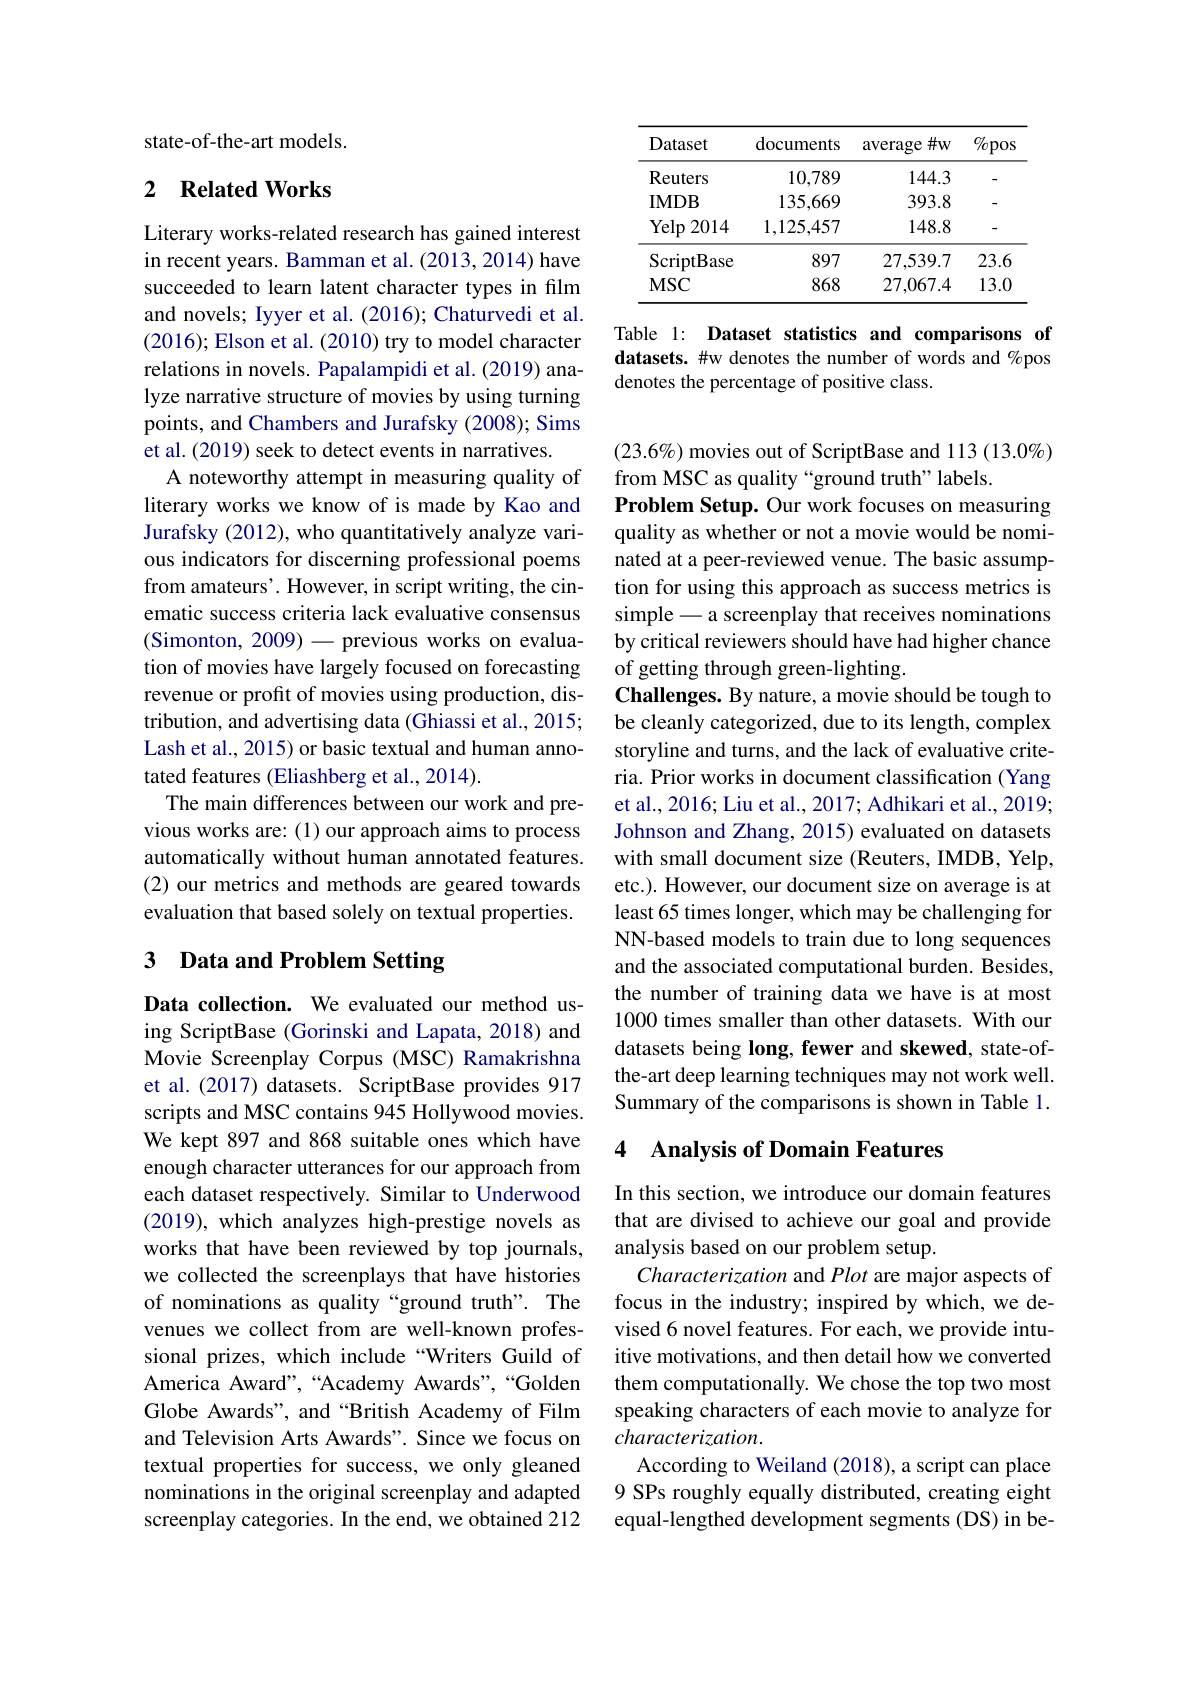
state-of-the-art models.

## 2 $\textbf{Related Works}$

Literary works-related research has gained interest in recent years. Bamman et al. (2013, 2014) have succeeded to learn latent character types in film and novels; Iyyer et al. (2016); Chaturvedi et al. (2016);Elson et al. (2010) try to model character relations in novels. Papalampidi et al. (2019) analyze narrative structure of movies by using turning points, and Chambers and Jurafsky (2008); Sims et al. (2019) seek to detect events in narratives.
A noteworthy attempt in measuring quality of literary works we know of is made by Kao and Jurafsky (2012), who quantitatively analyze various indicators for discerning professional poems from amateurs'. However, in script writing, the cinematic success criteria lack evaluative consensus (Simonton, 2009)-previous works on evaluation of movies have largely focused on forecasting revenue or profit of movies using production, distribution, and advertising data (Ghiassi et al., 2015; Lash et al., 2015) or basic textual and human annotated features (Eliashberg et al., 2014).
The main differences between our work and previous works are: (1) our approach aims to process automatically without human annotated features. (2) our metrics and methods are geared towards evaluation that based solely on textual properties.

## 3 Data and Problem Setting

Data collection. We evaluated our method using ScriptBase (Gorinski and Lapata, 2018) and Movie Screenplay Corpus (MSC) Ramakrishna et al.(2017) datasets. ScriptBase provides 917 scripts and MSC contains 945 Hollywood movies. We kept 897 and 868 suitable ones which have enough character utterances for our approach from each dataset respectively. Similar to Underwood (2019), which analyzes high-prestige novels as works that have been reviewed by top journals, we collected the screenplays that have histories of nominations as quality“ground truth”. The venues we collect from are well-known professional prizes, which include “Writers Guild of America Award",“Academy Awards”,“Golden Globe Awards", and “British Academy of Film and Television Arts Awards". Since we focus on textual properties for success, we only gleaned nominations in the original screenplay and adapted screenplay categories. In the end, we obtained 212

<table>
	<tbody>
		<tr>
			<th>Dataset</th>
			<th>documents</th>
			<th>$\#w$ average a</th>
			<th>$\%$pos</th>
		</tr>
		<tr>
			<td>Reuters</td>
			<td>10,789</td>
			<td>144.3</td>
			<td>-</td>
		</tr>
		<tr>
			<td>IMDB</td>
			<td>135,669</td>
			<td>393.8</td>
			<td>-</td>
		</tr>
		<tr>
			<td>$\operatorname{Yelp}2014$</td>
			<td>1,125,457</td>
			<td>148.8</td>
			<td>-</td>
		</tr>
		<tr>
			<td>ScriptB ase</td>
			<td>897</td>
			<td>27,539.7</td>
			<td>23.6</td>
		</tr>
		<tr>
			<td>$MSC$</td>
			<td>868</td>
			<td>27,067.4</td>
			<td>13.0</td>
		</tr>
	</tbody>
</table>

Table l: Dataset statistics and comparisons of datasets. #w denotes the number of words and %pos denotes the percentage of positive class.

(23.6%) movies out of ScriptBase and 113 (13.0%)
from MSC as quality “ground truth” labels.
Problem Setup. Our work focuses on measuring quality as whether or not a movie would be nominated at a peer-reviewed venue. The basic assumption for using this approach as success metrics is simple - a screenplay that receives nominations by critical reviewers should have had higher chance of getting through green-lighting.
Challenges. By nature, a movie should be tough to be cleanly categorized, due to its length, complex storyline and turns, and the lack of evaluative criteria. Prior works in document classification (Yang et al., 2016; Liu et al., 2017; Adhikari et al., 2019; Johnson and Zhang, 2015) evaluated on datasets with small document size (Reuters, IMDB, Yelp, etc.). However, our document size on average is at least 65 times longer, which may be challenging for NN-based models to train due to long sequences and the associated computational burden. Besides, the number of training data we have is at most 1000 times smaller than other datasets. With our datasets being long, fewer and skewed, state-ofthe-art deep learning techniques may not work well. Summary of the comparisons is shown in Table 1.

### 4 $\textbf{Analysis of Domain Features}$

In this section, we introduce our domain features that are divised to achieve our goal and provide analysis based on our problem setup.
Characterization and Plot are major aspects of focus in the industry; inspired by which, we devised 6 novel features. For each, we provide intuitive motivations, and then detail how we converted them computationally. We chose the top two most speaking characters of each movie to analyze for characterization.
According to Weiland (2018), a script can place 9 SPs roughly equally distributed, creating eight equal-lengthed development segments (DS) in be-